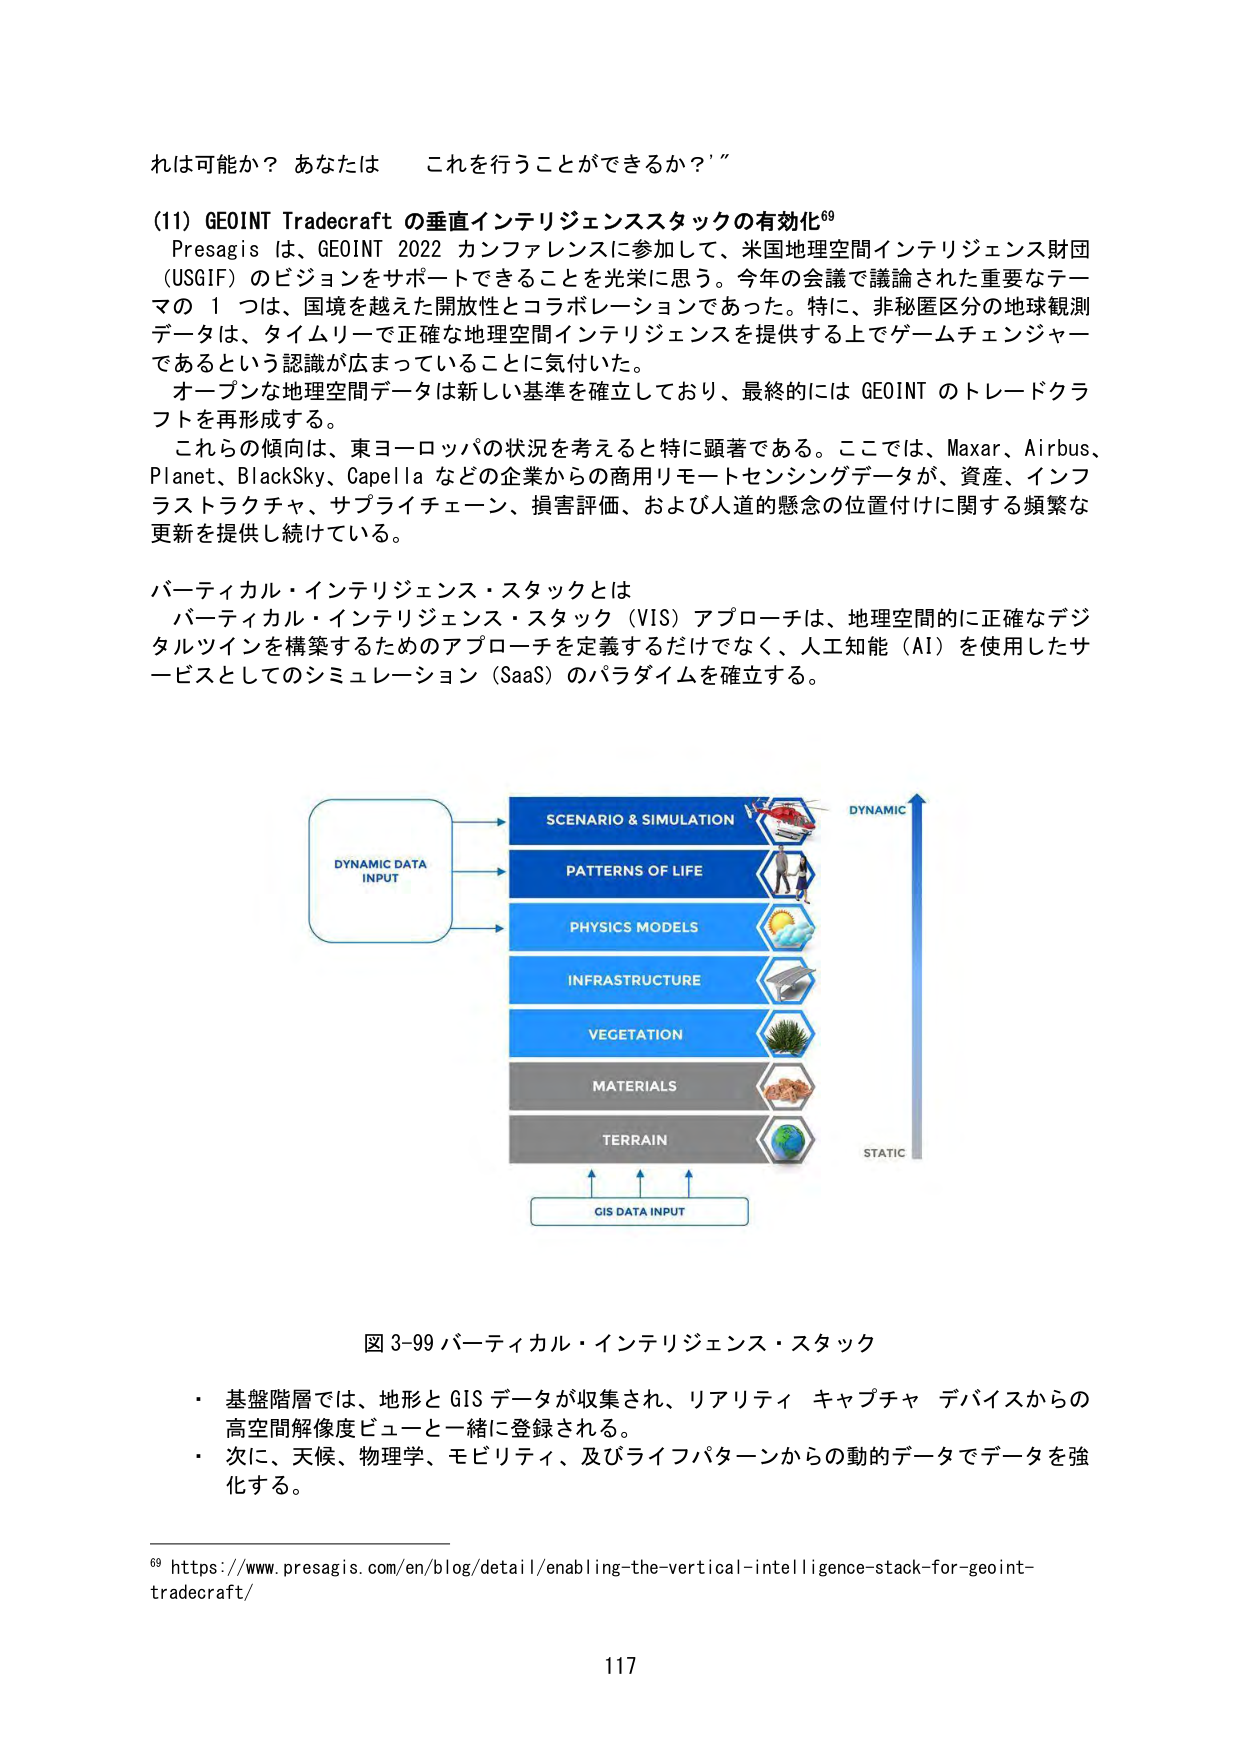
れは可能か？ あなたは これを行うことができるか？”

(11) GEOINT Tradecraft の垂直インテリジェンススタックの有効化⁶⁹
Presagis は、GEOINT 2022 カンファレンスに参加して、米国地理空間インテリジェンス財団（USGIF）のビジョンをサポートできることを光栄に思う。今年の会議で議論された重要なテーマの 1 つは、国境を越えた開放性とコラボレーションであった。特に、非秘匿区分の地球観測データは、タイムリーで正確な地理空間インテリジェンスを提供する上でゲームチェンジャーであるという認識が広まっていることに気付いた。
オープンな地理空間データは新しい基準を確立しており、最終的には GEOINT のトレードクラフトを再形成する。
これらの傾向は、東ヨーロッパの状況を考えると特に顕著である。ここでは、Maxar、Airbus、Planet、BlackSky、Capella などの企業からの商用リモートセンシングデータが、資産、インフラストラクチャ、サプライチェーン、損害評価、および人道的懸念の位置付けに関する頻繁な更新を提供し続けている。

バーティカル・インテリジェンス・スタックとは
バーティカル・インテリジェンス・スタック（VIS）アプローチは、地理空間的に正確なデジタルツインを構築するためのアプローチを定義するだけでなく、人工知能（AI）を使用したサービスとしてのシミュレーション（SaaS）のパラダイムを確立する。

DYNAMIC DATA
INPUT

SCENARIO & SIMULATION
PATTERNS OF LIFE
PHYSICS MODELS
INFRASTRUCTURE
VEGETATION
MATERIALS
TERRAIN

GIS DATA INPUT

DYNAMIC
STATIC

図 3-99 バーティカル・インテリジェンス・スタック
・ 基盤階層では、地形と GIS データが収集され、リアリティ キャプチャ デバイスからの高空間解像度ビューと一緒に登録される。
・ 次に、天候、物理学、モビリティ、及びライフパターンからの動的データでデータを強化する。

⁶⁹ https://www.presagis.com/en/blog/detail/enabling-the-vertical-intelligence-stack-for-geoint-tradecraft/

117